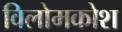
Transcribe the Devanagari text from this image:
विलोमकोश